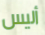
أليس